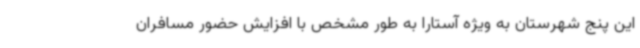
این پنج شهرستان به ویژه آستارا به طور مشخص با افزایش حضور مسافران